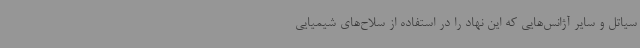
سیاتل و سایر آژانس‌هایی که این نهاد را در استفاده از سلاح‌های شیمیایی